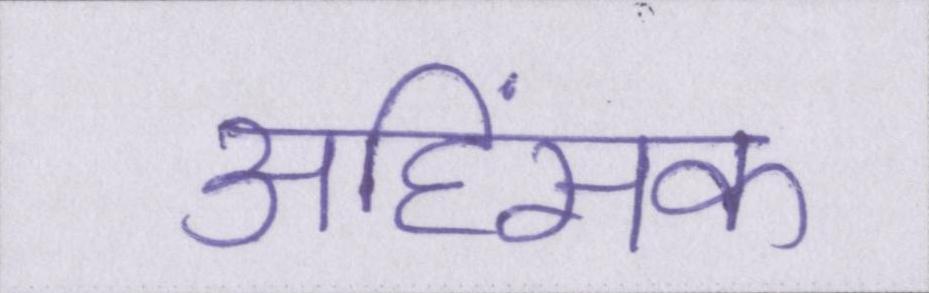
अहिंसक